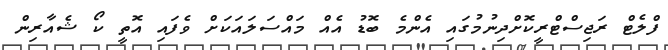
ފްލެޓް ރަޖިސްޓްރީކޮށްދިނުމުގައި އެންމެ ބޮޑު އެއް މައްސަލައަކަށް ވެފައި އޮތީ ކޯ ޝެއާރިން